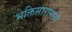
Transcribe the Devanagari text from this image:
भक्तिसारामध्ये